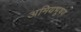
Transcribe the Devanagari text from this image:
अमियभूषण